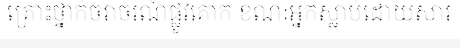
គ្រោះថ្នាក់ចរាចរណ៍ផ្លូវគោក ខណៈអ្នកស្លាប់ដោយសារ